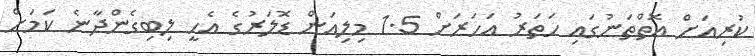
ކުރިއަށް އޮތްތަނުގައި ހަތަރު އަހަރަށް 1.5 މިލިއަން ޑޮލަރުގެ އެހީ ލިބިގެންދާނެ ކަމަށް